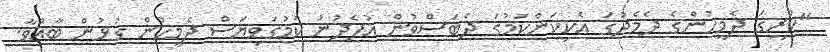
"ކުރީގަ ދެމީހުންގެ ދެމެދުގަ އެކިކަންކަމުގަ ދެބަސްވުން އުފެދުނު ކަމުގަވިޔަސް ދެމީހުން ގުޅުން ބާއްވާ.